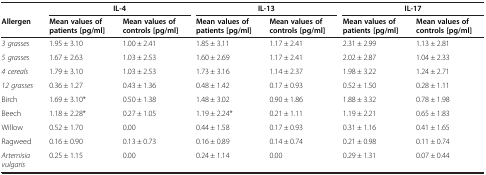
|  | <COLSPAN=2> IL-4 | <COLSPAN=2> IL-13 | <COLSPAN=2> IL-17 |
 | Allergen | Mean values of patients [pg/ml] | Mean values of controls [pg/ml] | Mean values of patients [pg/ml] | Mean values of controls [pg/ml] | Mean values of patients [pg/ml] | Mean values of controls [pg/ml] |
 | --- | --- | --- | --- | --- | --- | --- |
 | 3 grasses | 1.95 ± 3.10 | 1.00 ± 2.41 | 1.85 ± 3.11 | 1.17 ± 2.41 | 2.31 ± 2.99 | 1.13 ± 2.81 |
 | 5 grasses | 1.67 ± 2.63 | 1.03 ± 2.53 | 1.60 ± 2.69 | 1.17 ± 2.41 | 2.02 ± 2.87 | 1.04 ± 2.33 |
 | 4 cereals | 1.79 ± 3.10 | 1.03 ± 2.53 | 1.73 ± 3.16 | 1.14 ± 2.37 | 1.98 ± 3.22 | 1.24 ± 2.71 |
 | 12 grasses | 0.36 ± 1.27 | 0.43 ± 1.36 | 0.48 ± 1.42 | 0.17 ± 0.93 | 0.52 ± 1.50 | 0.28 ± 1.11 |
 | Birch | 1.69 ± 3.10* | 0.50 ± 1.38 | 1.48 ± 3.02 | 0.90 ± 1.86 | 1.88 ± 3.32 | 0.78 ± 1.98 |
 | Beech | 1.18 ± 2.28* | 0.27 ± 1.05 | 1.19 ± 2.24* | 0.21 ± 1.11 | 1.19 ± 2.21 | 0.65 ± 1.83 |
 | Willow | 0.52 ± 1.70 | 0.00 | 0.44 ± 1.58 | 0.17 ± 0.93 | 0.31 ± 1.16 | 0.41 ± 1.65 |
 | Ragweed | 0.16 ± 0.90 | 0.13 ± 0.73 | 0.16 ± 0.89 | 0.14 ± 0.74 | 0.21 ± 0.98 | 0.11 ± 0.74 |
 | Artemisia vulgaris | 0.25 ± 1.15 | 0.00 | 0.24 ± 1.14 | 0.00 | 0.29 ± 1.31 | 0.07 ± 0.44 |